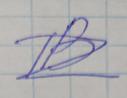
Signature authenticity: forged